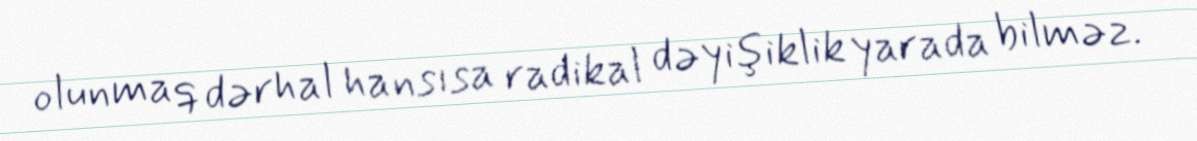
olunmaq dərhal hansısa radikal dəyişiklik yarada bilməz.